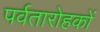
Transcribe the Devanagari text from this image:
पर्वतारोहकों